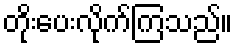
တိုးပေးလိုက်ကြသည်။